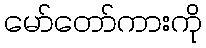
မော်တော်ကားကို